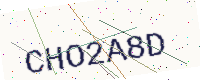
Text: CHO2A8D